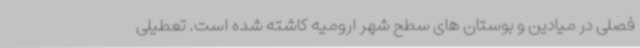
فصلی در میادین و بوستان های سطح شهر ارومیه کاشته شده است. تعطیلی